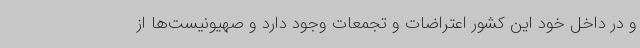
و در داخل خود این کشور اعتراضات و تجمعات وجود دارد و صهیونیست‌ها از